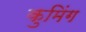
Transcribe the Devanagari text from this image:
कुमिंग